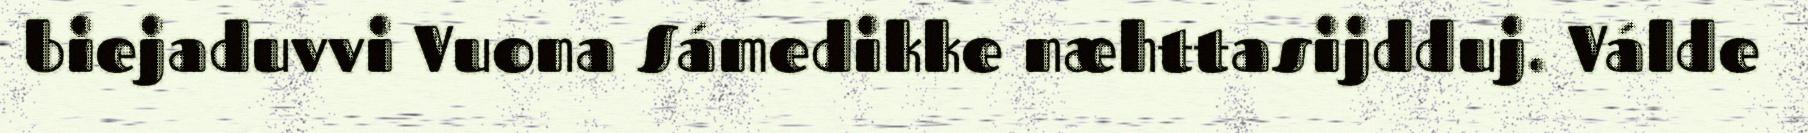
biejaduvvi Vuona Sámedikke næhttasijdduj. Válde